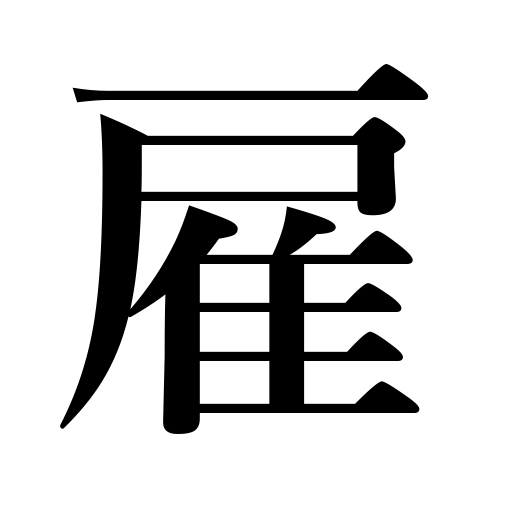
Meanings: employ,hire